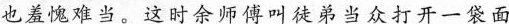
也羞愧难当。这是余师傅叫徒弟当众打开一袋面